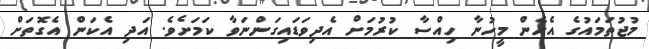
މުޖުތަމައުގެ އެހެން މީހުނާ ހިއްސާ ކުރުމަށް އެދިވަޑައިގަންނަވާ ކަމަށެވެ. އަދި އެކަން އެގޮތަށް